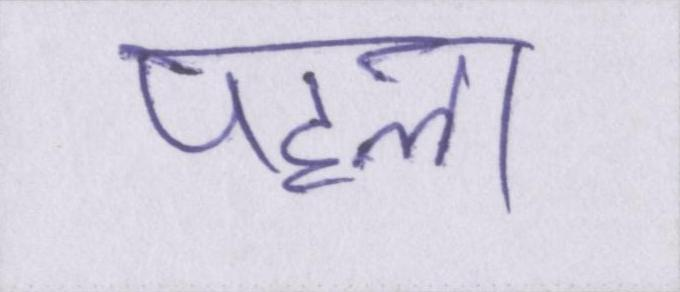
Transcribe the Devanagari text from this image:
पहला